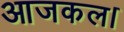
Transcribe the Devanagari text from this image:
आजकल।